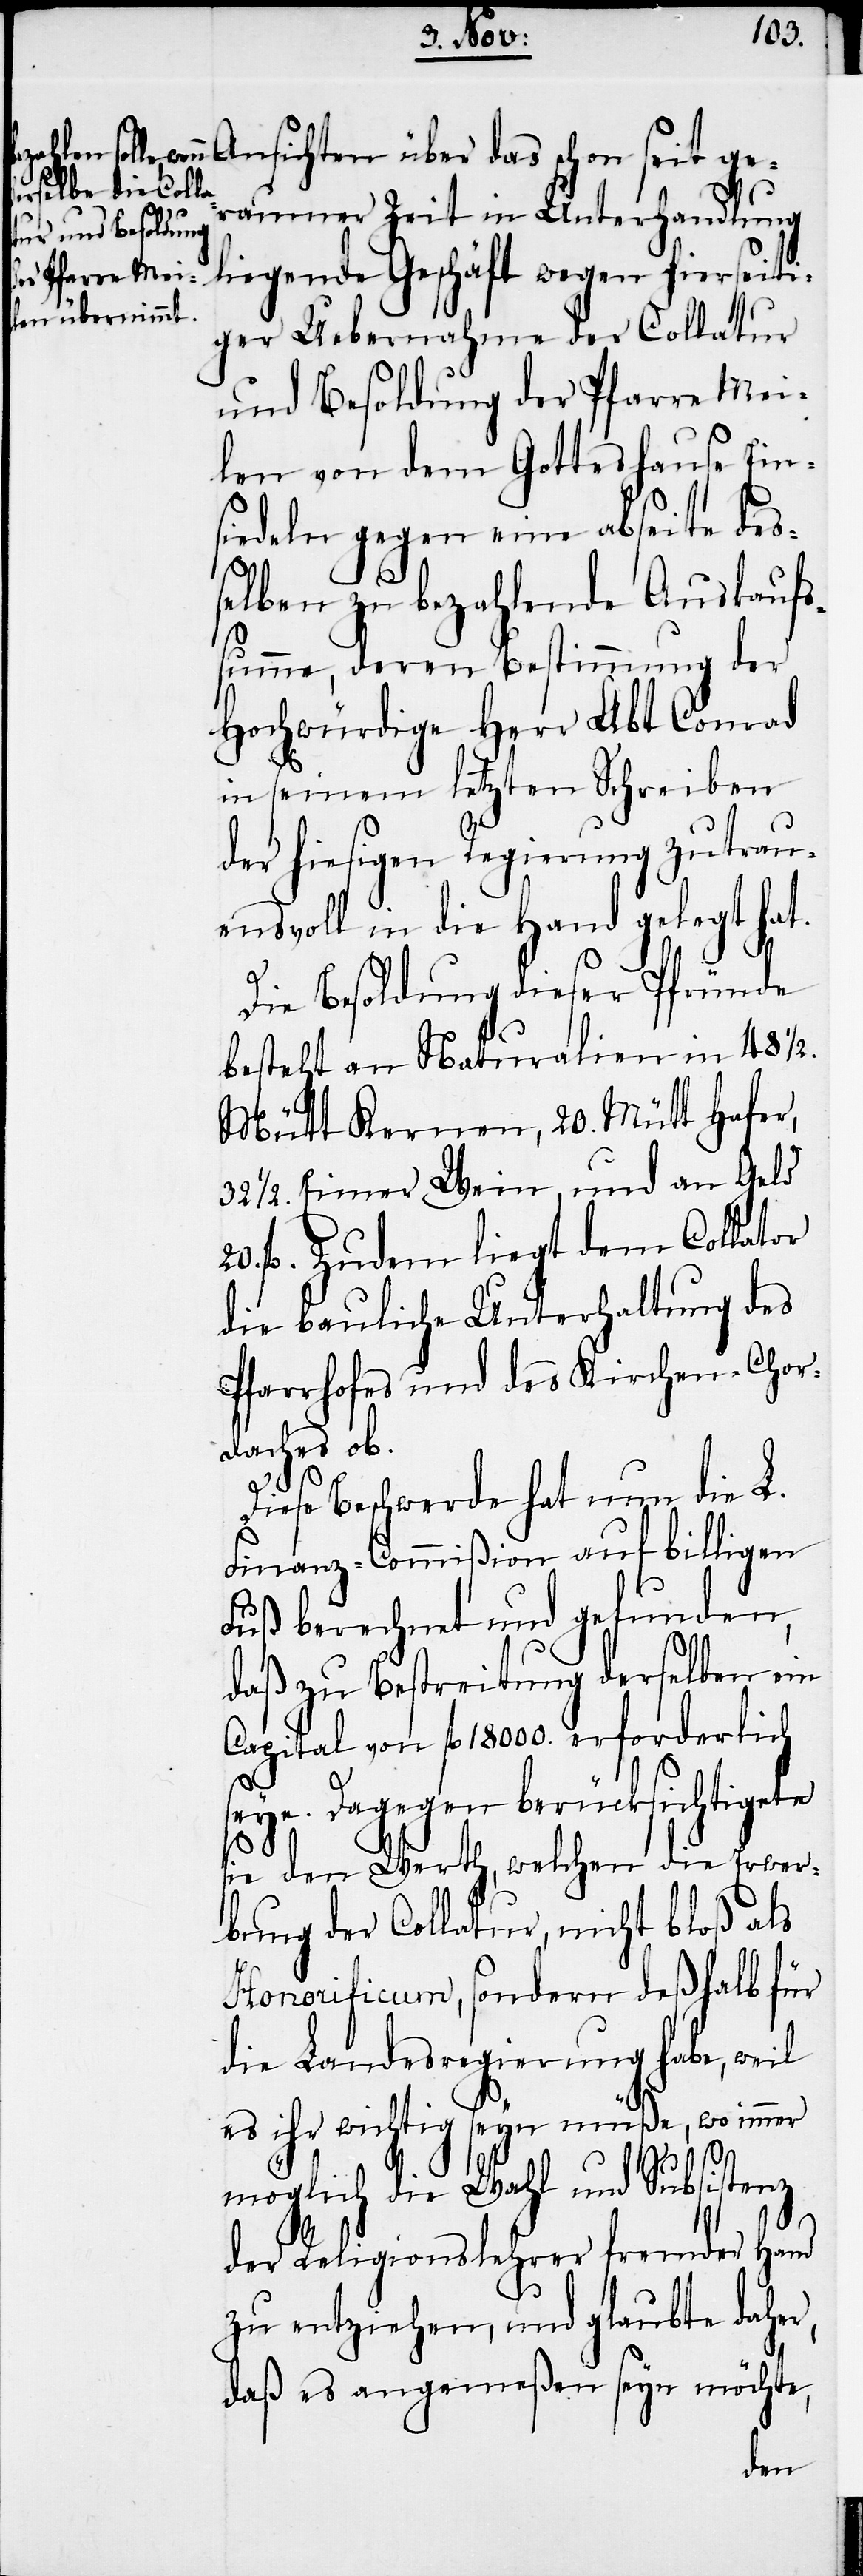
Ansichten über das schon seit ge¬
raumer Zeit in Unterhandlung
liegende Geschäft wegen hierseiti¬
ger Uebernahme der Collatur
und Besoldung der Pfarre Mei¬
len von dem Gotteshause Ein¬
siedeln gegen eine abseite des¬
selben zu bezahlende Auskaufs¬
summe, deren Bestimmung der
Hochwürdige Herr Abt Conrad
in seinem letztern Schreiben
der hiesigen Regierung zutrau¬
ensvoll in die Hand gelegt hat.
Die Besoldung dieser Pfründe
besteht an Naturalien in 48 1/2.
Mütt Kernen, 20. Mütt Hafer,
32 1/2. Eimer Wein, und an Geld
fl. Zudem liegt dem Collator
die bauliche Unterhaltung des
Pfarrhofes und des Kirchen-Chor¬
daches ob.
20.
Diese Beschwerde hat nun die L.
Finanz-Commißion auf billigen
Fuß berechnet und gefunden,
daß zu Bestreitung derselben ein
Capital von fl 18000. erforderlich
seye. Dagegen berücksichtigete
sie den Werth, welchen die Erwer¬
bung der Collatur, nicht bloß als
Honorificum, sondern deßhalb für
die Landesregierung habe, weil
es ihr wichtig seyn müße, wo
möglich die Wahl und Subsistenz
der Religionslehrer fremder Hand
zu entziehen, und glaubte daher,
daß es angemeßen seyn möchte,